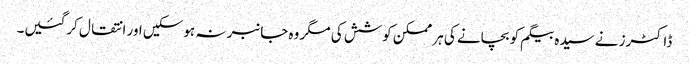
ڈاکٹرز نے سیدہ بیگم کو بچانے کی ہر ممکن کوشش کی مگر وہ جانبر نہ ہوسکیں اور انتقال کرگئیں۔